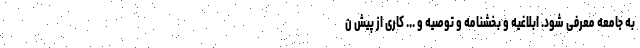
به جامعه معرفی شود. ابلاغیه و بخشنامه و توصیه و ... کاری از پیش ن